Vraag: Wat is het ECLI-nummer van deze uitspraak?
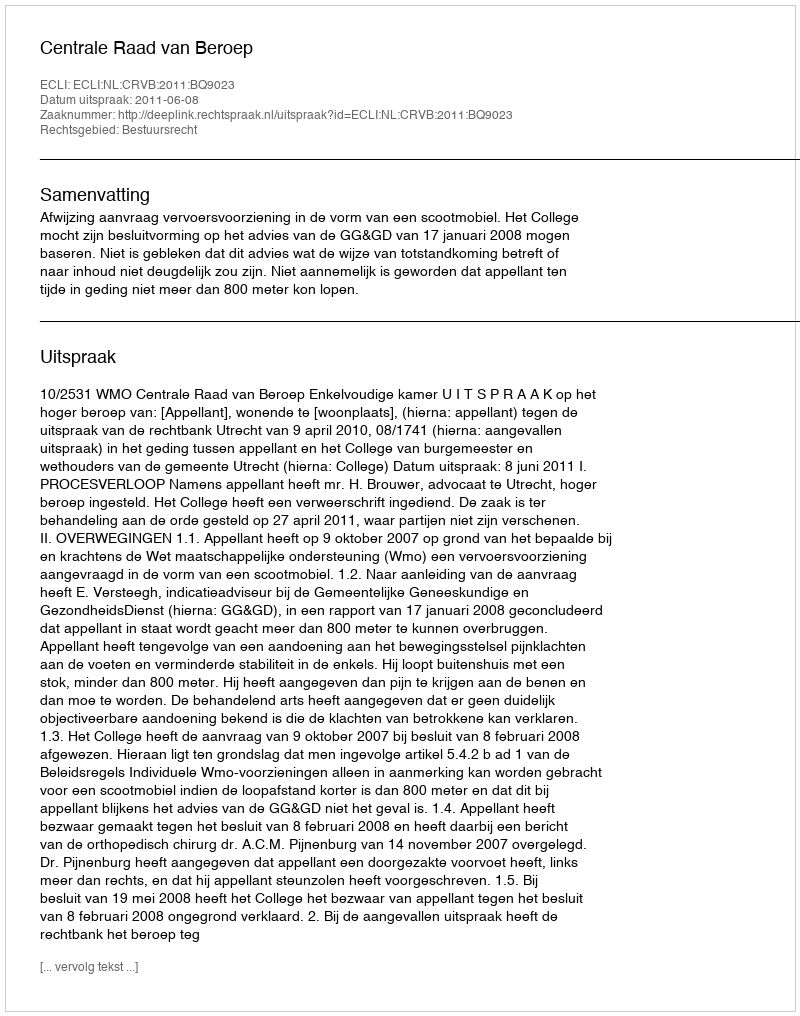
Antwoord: ECLI:NL:CRVB:2011:BQ9023